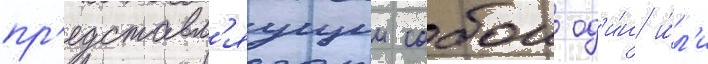
пр'едставл'яущии собои од'и́н и́л'и